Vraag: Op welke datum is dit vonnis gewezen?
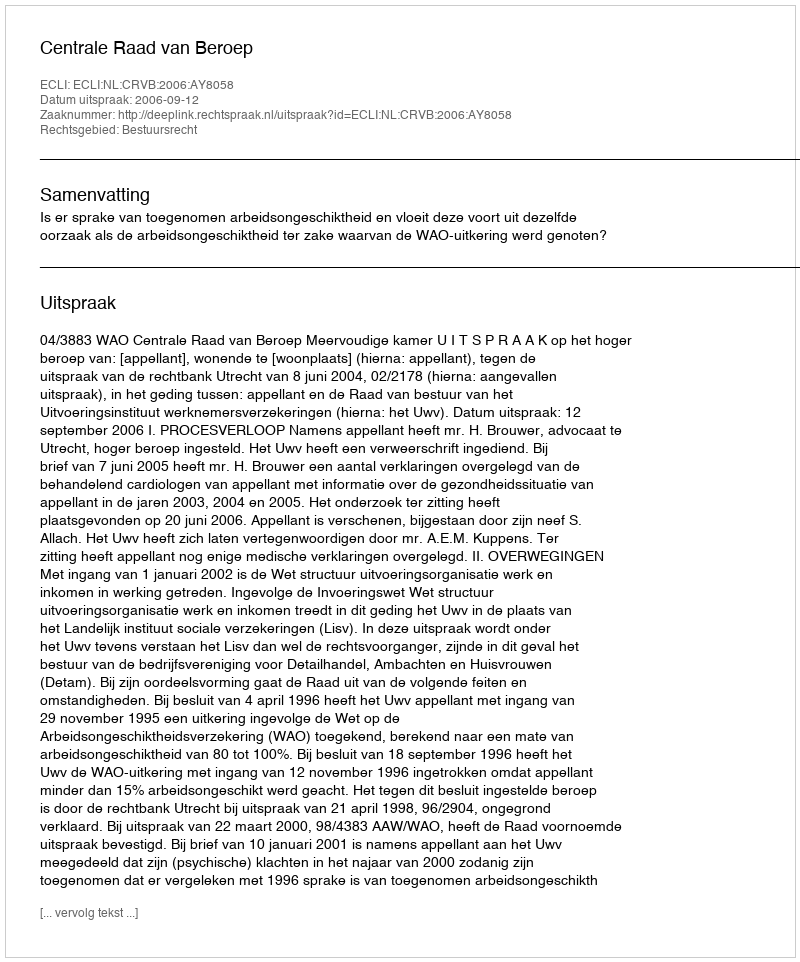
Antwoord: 2006-09-12